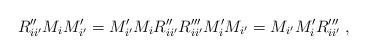
LaTeX: \begin{align*}R_{ii^{\prime }}^{\prime \prime }M_{i}M_{i^{\prime }}^{\prime }=M_{i^{\prime}}^{\prime }M_{i}R_{ii^{\prime }}^{\prime \prime }R_{ii^{\prime }}^{\prime \prime \prime }M_{i}^{\prime }M_{i^{\prime}}=M_{i^{\prime }}M_{i}^{\prime }R_{ii^{\prime }}^{\prime \prime \prime }\;,\end{align*}